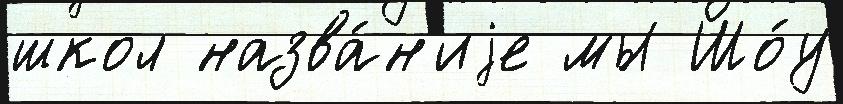
школ назва́н'иjе мы Шо́у